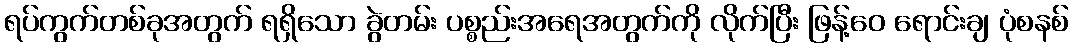
ရပ်ကွက်တစ်ခုအတွက် ရရှိသော ခွဲတမ်း ပစ္စည်းအရေအတွက်ကို လိုက်ပြီး ဖြန့်ဝေ ရောင်းချ ပုံစနစ်